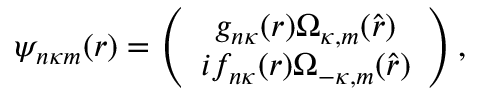
\psi _ { n \kappa m } ( \boldsymbol { r } ) = \left( \begin{array} { c } { g _ { n \kappa } ( r ) \Omega _ { \kappa , m } ( \hat { \boldsymbol { r } } ) } \\ { i f _ { n \kappa } ( r ) \Omega _ { - \kappa , m } ( \hat { \boldsymbol { r } } ) } \end{array} \right) ,